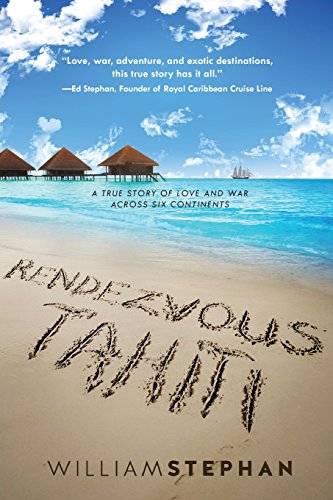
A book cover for Rendezvous Tahiti; William Stephan; Travel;